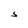
Character: S